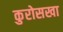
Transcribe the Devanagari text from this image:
कुरोसखा